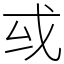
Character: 㦯